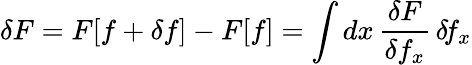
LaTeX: \delta F=F[f+\delta f]-F[f]=\int dx\, \frac{\delta F}{\delta f_{x}}\, \delta\! f_{x}